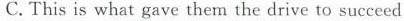
C.This is what gave them the drive to succeed